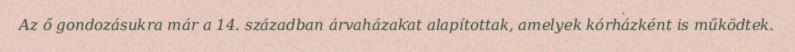
Az ő gondozásukra már a 14. században árvaházakat alapítottak, amelyek kórházként is működtek.